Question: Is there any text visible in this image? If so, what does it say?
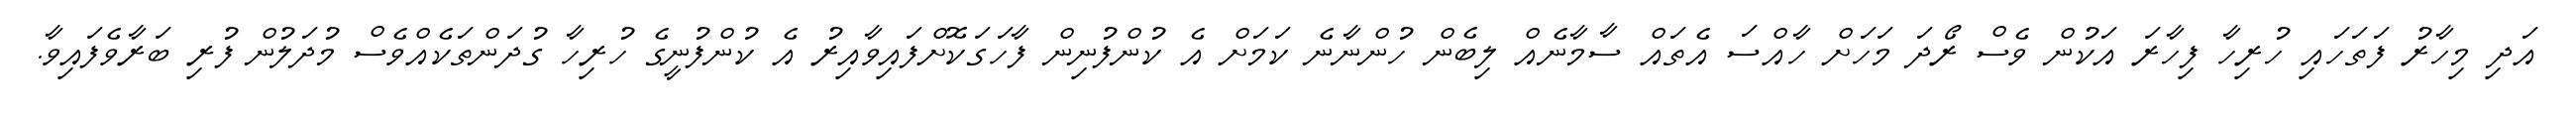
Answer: އަދި މިހާރު ފަތަހައި ހުރިހާ ފިހާރަ އަކުން ވެސް ރޯދަ މަހަށް ހާއްސަ އެތައް ސާމާނެއް ލިބެން ހުންނާނެ ކަމަށް އެ ކުންފުނިން ފާހަގަކޮށްފައިވާއިރު އެ ކުންފުނީގެ ހުރިހާ ގުދަންތަކެއްވެސް މުދަލުން ފުރި ބަރާވެފައިވާ.